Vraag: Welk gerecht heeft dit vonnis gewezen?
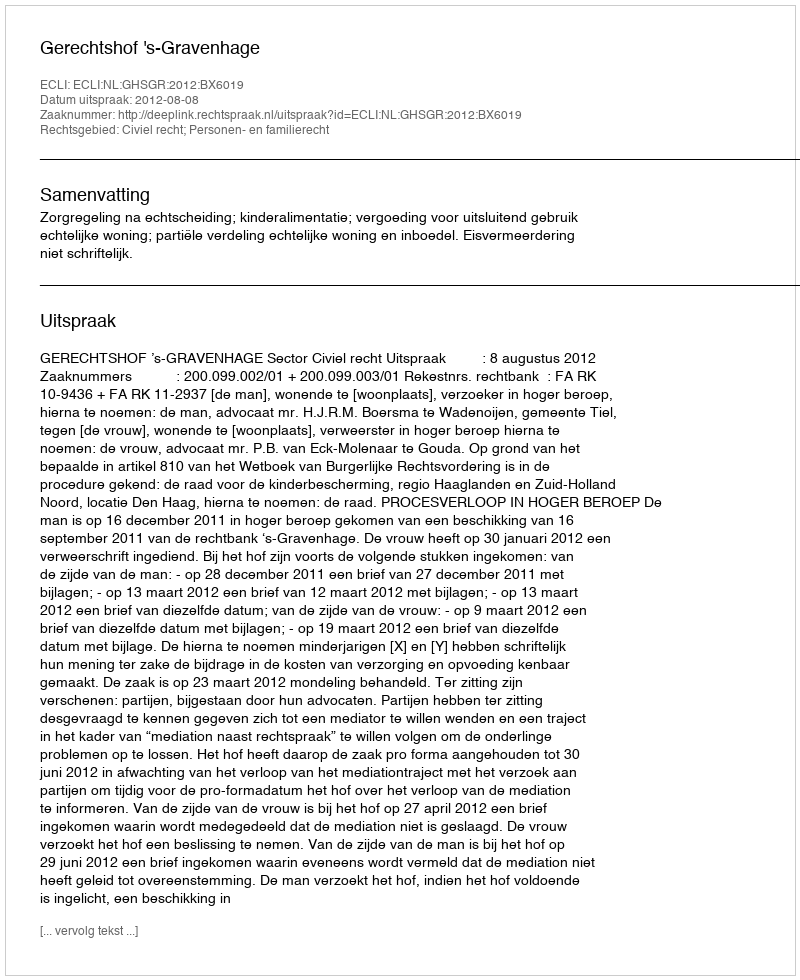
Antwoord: Gerechtshof 's-Gravenhage